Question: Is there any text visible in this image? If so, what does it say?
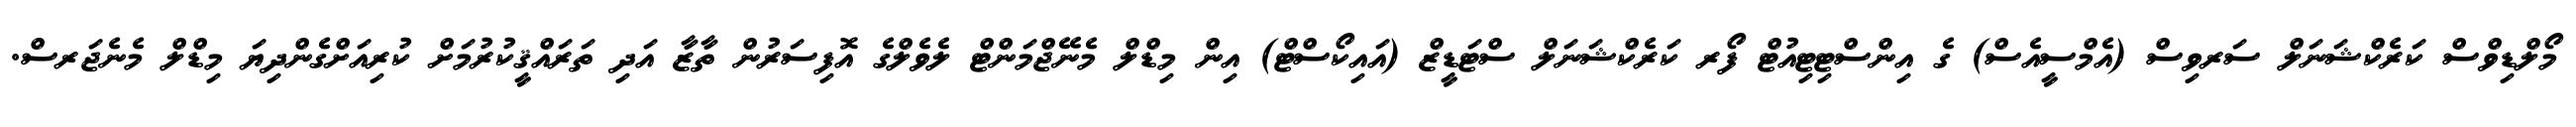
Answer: މޯލްޑިވްސް ކަރެކްޝަނަލް ސަރވިސް (އެމްސީއެސް) ގެ އިންސްޓިޓިއުޓް ފޯރ ކަރެކްޝަނަލް ސްޓަޑީޒް (އައިކޯސްޓް) އިން މިޑްލް މެނޭޖްމަންޓް ލެވެލްގެ އޮފިސަރުން ތާޒާ އަދި ތަރައްޤީކުރުމަށް ކުރިއަށްގެންދިޔަ މިޑްލް މެނެޖަރސް.